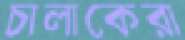
চালাকেরা